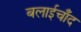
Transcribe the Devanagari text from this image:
बलाईचाँद